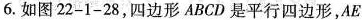
6.如图22-1-28，四边形ABCD是平行四边形，AE